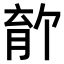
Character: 𫆡